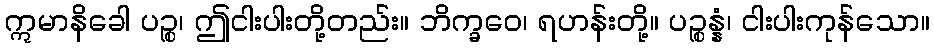
ဣမာနိခေါ ပဉ္စ၊ ဤငါးပါးတို့တည်း။ ဘိက္ခဝေ၊ ရဟန်းတို့။ ပဉ္စန္နံ၊ ငါးပါးကုန်သော။